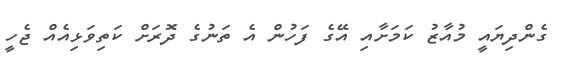
ގެންދިޔައީ މުއާޒު ކަމަށާއި އޭގެ ފަހުން އެ ތަނުގެ ދޮރަށް ކަތިވަޅިއެއް ޖެހީ